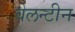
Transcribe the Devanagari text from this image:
वेलन्टीन